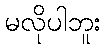
မလိုပါဘူး